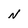
Character: N